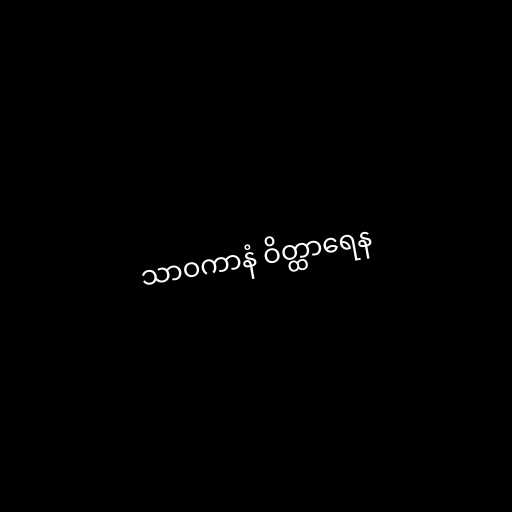
သာဝကာနံ ဝိတ္ထာရေန